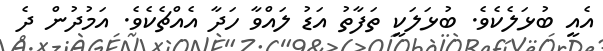
އެއީ ބުޅަލެކެވެ. ބުޅަލަކީ ތަފާތު އަޑު ލައްވާ ހަދާ އެއްޗެކެވެ. އަމުދުން ދެ